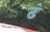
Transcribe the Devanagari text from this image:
ढं